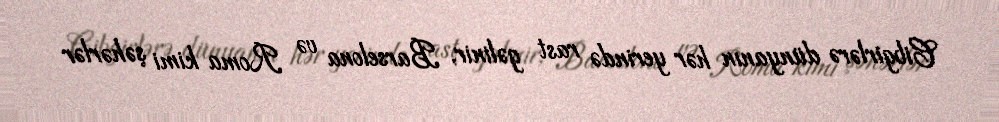
Cibgirlərə dünyanın hər yerində rast gəlinir, Barselona və Roma kimi şəhərlər